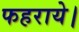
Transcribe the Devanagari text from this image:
फहराये।